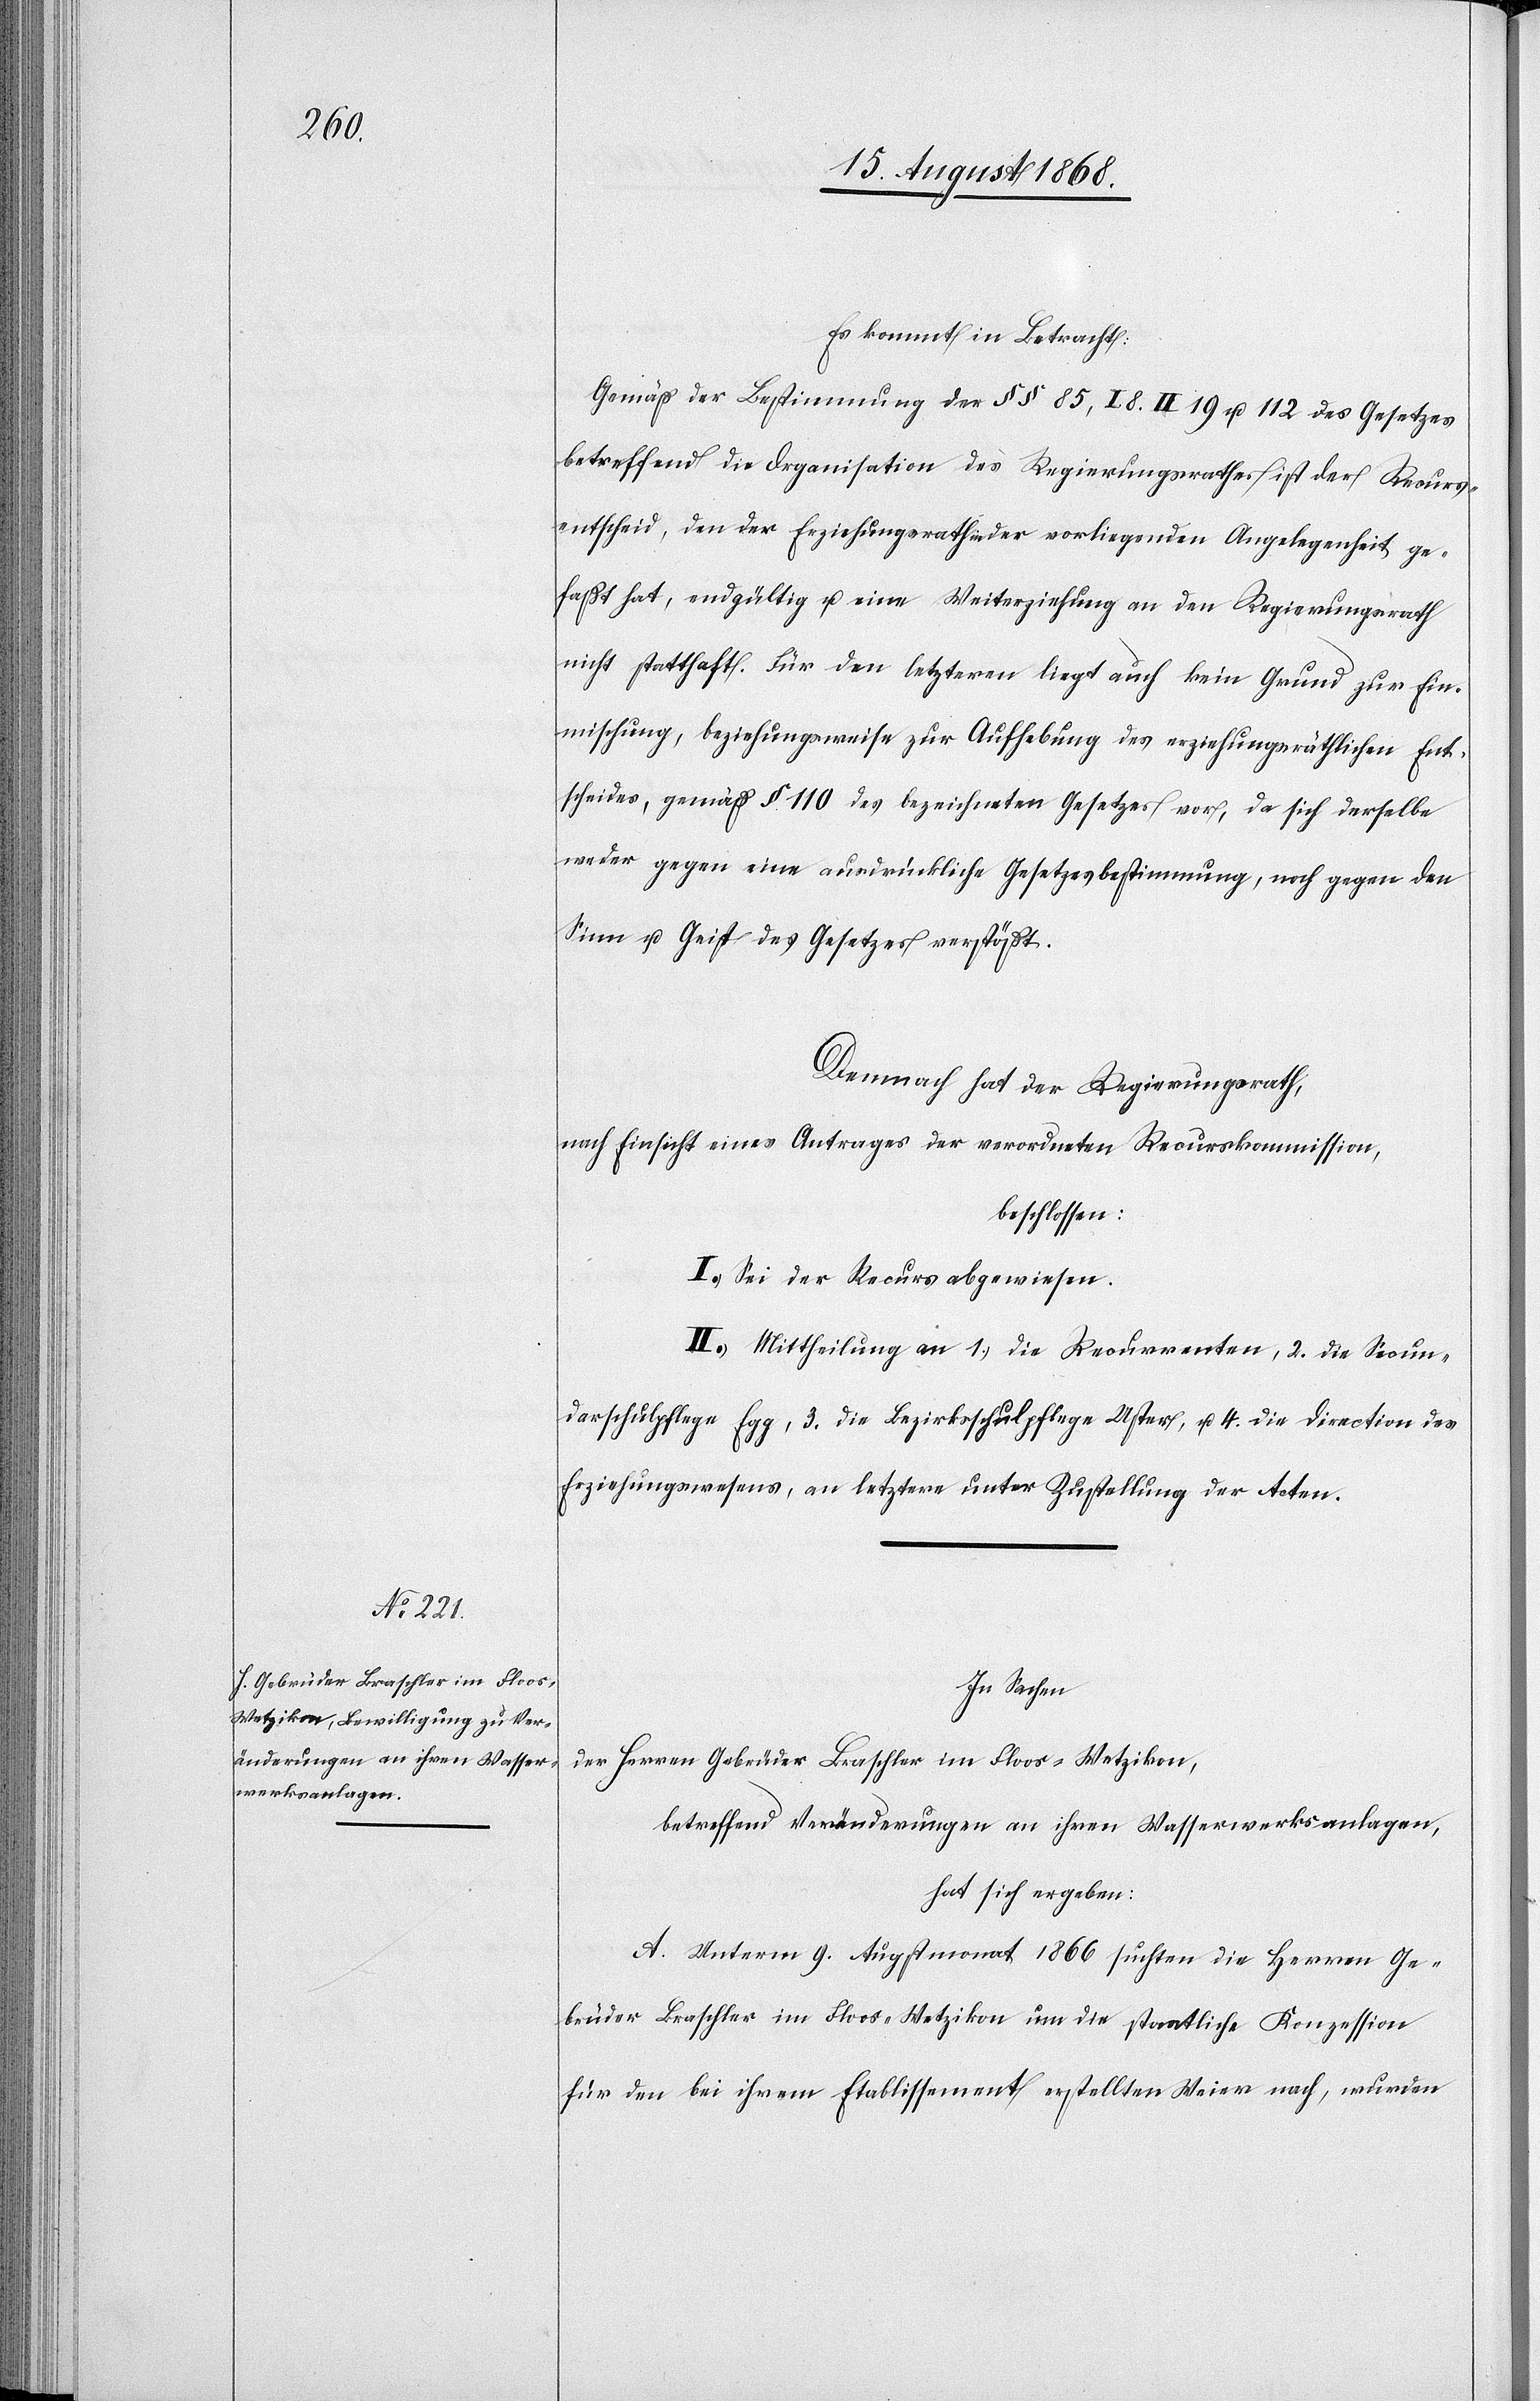
Es kommt in Betracht:
Gemäß der Bestimmung der §§ 85, I 8.[,] II 19 u. 112 des Gesetzes
betreffend die Organisation des Regierungsrathes ist der Recurs¬
entscheid, den der Erziehungsrath in der vorliegenden Angelegenheit ge¬
faßt hat, endgültig u. eine Weiterziehung an den Regierungsrath
nicht statthaft. Für den letzteren liegt auch kein Grund zur Ein¬
mischung, beziehungsweise zur Aufhebung des erziehungsräthlichen Ent¬
scheides, gemäß § 110 des bezeichneten Gesetzes vor, da sich derselbe
weder gegen eine ausdrückliche Gesetzesbestimmung, noch gegen den
Sinn u. Geist des Gesetzes verstößt.
Demnach hat der Regierungsrath,
nach Einsicht eines Antrages der verordneten Recurskommission,
beschlossen:
I.) Sei der Recurs abgewiesen.
II.) Mittheilung an 1. die Recurrenten, 2. die Secun¬
darschulpflege Egg, 3. die Bezirksschulpflege Uster, u. 4. die Direction des
Erziehungswesens, an letztere unter Zustellung der Acten.
In Sachen
der Herren Gebrüder Braschler im Floos - Wetzikon,
betreffend Veränderungen an ihren Wasserwerksanlagen,
hat sich ergeben:
A. Unterm 9. Augstmonat 1866 suchten die Herren Ge¬
brüder Braschler im Floos - Wetzikon um die staatliche Konzession
für den bei ihrem Etablissement erstellten Weier nach, wurden